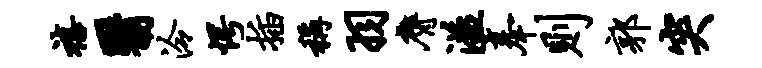
禧翳泠愕插称羽膺溢奉则郭突